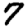
Digit: 7